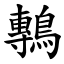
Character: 鷒